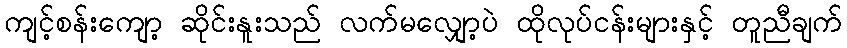
ကျင့်စန်းကျော့ ဆိုင်းနူးသည် လက်မလျှော့ပဲ ထိုလုပ်ငန်းများနှင့် တူညီချက်